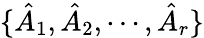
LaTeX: \{ \hat{A}_{1},\hat{A}_{2},\cdots,\hat{A}_{r}\}